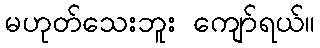
မဟုတ်သေးဘူး ကျော်ရယ်။